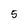
Character: 5